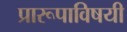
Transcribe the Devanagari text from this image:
प्रारूपाविषयी